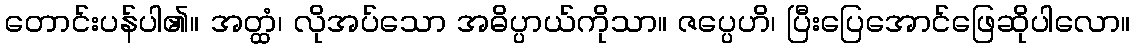
တောင်းပန်ပါ၏။ အတ္ထံ၊ လိုအပ်သော အဓိပ္ပာယ်ကိုသာ။ ဇပ္ပေဟိ၊ ပြီးပြေအောင်ဖြေဆိုပါလော။